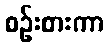
စဉ်းစားကာ